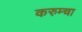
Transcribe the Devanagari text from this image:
करुम्चा